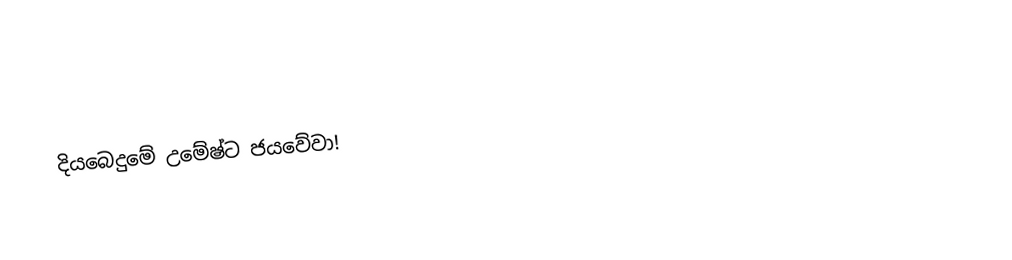
දියබෙදුමේ උමේෂ්ට ජයවේවා!